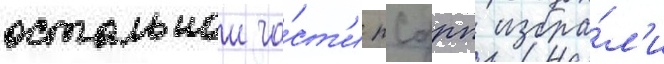
остальнои ча́ст'и рсдрп избра́л'и